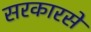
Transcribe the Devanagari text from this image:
सरकारसे